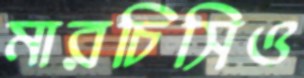
মারচিসিও